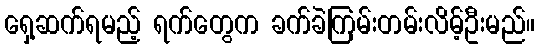
ရှေ့ဆက်ရမည့် ရက်တွေက ခက်ခဲကြမ်းတမ်းလိမ့်ဦးမည်။